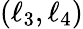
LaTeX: (\ell_{3},\ell_{4})